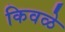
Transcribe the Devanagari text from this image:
किवळे